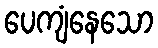
ပေကျံနေသော